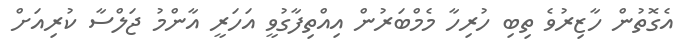
އެގޮތުން ހާޒިރުވެ ތިބި ހުރިހާ މެމްބަރުން އިއްތިފާގުވީ އަހަރީ އާންމު ޖަލްސާ ކުރިއަށް